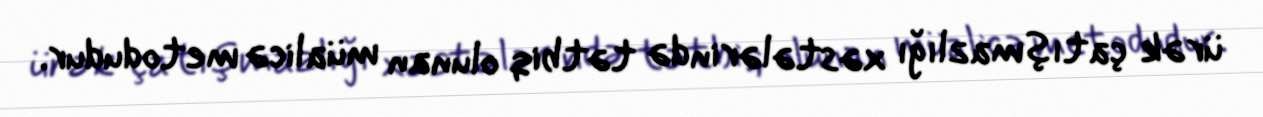
ürək çatışmazlığı xəstələrində tətbiq olunan müalicə metodudur.